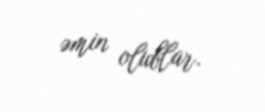
əmin olublar.